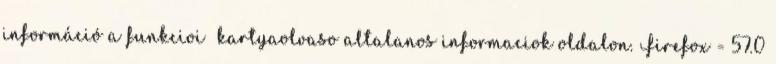
információ a funkcioi kartyaolvaso altalanos informaciok oldalon. Firefox = 57.0